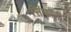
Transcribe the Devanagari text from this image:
सिंफॉनी